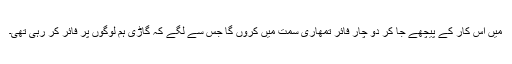
میں اس کار کے پیچھے جا کر دو چار فائر تمھاری سمت میں کروں گا جس سے لگے کہ گاڑی ہم لوگوں پر فائر کر رہی تھی۔